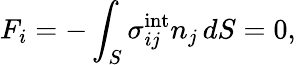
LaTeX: F_{i}=-\int_{S}\sigma_{ij}^{\textrm{int}}n_{j}\, dS=0,